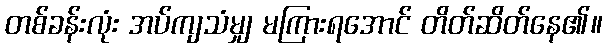
တစ်ခန်းလုံး အပ်ကျသံမျှ မကြားရအောင် တိတ်ဆိတ်နေ၏။